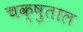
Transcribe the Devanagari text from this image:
चक्षुताल